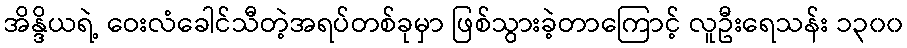
အိန္ဒိယရဲ့ ဝေးလံခေါင်သီတဲ့အရပ်တစ်ခုမှာ ဖြစ်သွားခဲ့တာကြောင့် လူဦးရေသန်း ၁၃၀၀